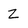
Character: Z